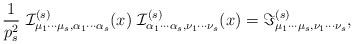
LaTeX: \begin{align*}\frac{1}{p_{s}^{2}}~{\cal I}_{\mu _{1}\cdots \mu _{s},\alpha _{1}\cdots\alpha _{s}}^{(s)}(x)~{\cal I}_{\alpha _{1}\cdots \alpha _{s},\nu _{1}\cdots\nu _{s}}^{(s)}(x)=\Im _{\mu _{1}\cdots \mu _{s},\nu _{1}\cdots \nu_{s}}^{(s)}, \end{align*}